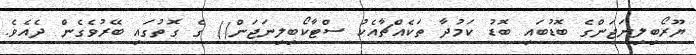
ޔޫރޯބިލިނަޖަންގެ ބޮޑުބައި ބޮޑު ކަމުދާ ތަކެއްޗާއެކު ސްޓާކޯބިލިނަޖަން() ގެ ގޮތުގައި ބޭރުވެގެން ދެއެވެ.